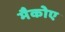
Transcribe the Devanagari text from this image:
मैकोए